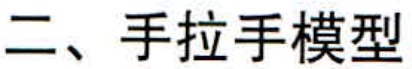
二、手拉手模型